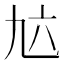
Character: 𱎂